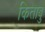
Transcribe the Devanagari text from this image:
किताबु